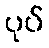
ပုပ်